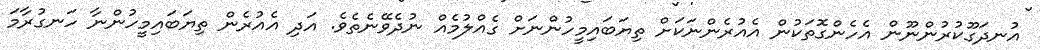
އުނދަގޫކުރުންނޫން އެހެންގޮތަކުން އެއުރެންނަކަށް ތިޔަބައިމީހުންނަށް ގެއްލުމެއް ނުދެވޭނެތެވެ. އަދި އެއުރެން ތިޔަބައިމީހުންނާ ހަނގުރާމަ